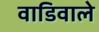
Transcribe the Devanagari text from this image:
वाडिवाले